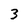
Character: 3